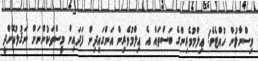
ވިސްނާލުން ހުއްޓެވެ! ޢިލްމުވެރިންގެ ބަސްތައް އެ ޢިލްމުވެރިން އަންގައިދިން ފަދައިން މީސްތަކުންނަށް ނަޤުލުކޮށްދީ